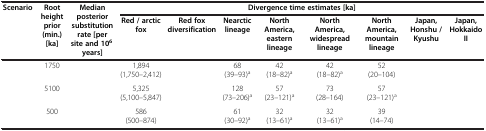
<table><thead><tr><td rowspan="2"><b>Scenario</b></td><td rowspan="2"><b>Root height prior (min.) [ka]</b></td><td rowspan="2"><b>Median posterior substitution rate [per site and 10<sup>6</sup> years]</b></td><td colspan="8"><b>Divergence time estimates [ka]</b></td></tr><tr><td><b>Red / arctic fox</b></td><td><b>Red fox diversification</b></td><td><b>Nearctic lineage</b></td><td><b>North America, eastern lineage</b></td><td><b>North America, widespread lineage</b></td><td><b>North America, mountain lineage</b></td><td><b>Japan, Honshu / Kyushu</b></td><td><b>Japan, Hokkaido II</b></td></tr></thead><tbody><tr><td>[EMPTY_CELL]</td><td>1750</td><td>[EMPTY_CELL]</td><td>1,894 (1,750–2,412)</td><td>[EMPTY_CELL]</td><td>68 (39–93)<sup>a</sup></td><td>42 (18–82)<sup>a</sup></td><td>42 (18–82)<sup>a</sup></td><td>52 (20–104)</td><td>[EMPTY_CELL]</td><td>[EMPTY_CELL]</td></tr><tr><td>[EMPTY_CELL]</td><td>5100</td><td>[EMPTY_CELL]</td><td>5,325 (5,100–5,847)</td><td>[EMPTY_CELL]</td><td>128 (73–206)<sup>a</sup></td><td>57 (23–121)<sup>a</sup></td><td>73 (28–164)</td><td>57 (23–121)<sup>a</sup></td><td>[EMPTY_CELL]</td><td>[EMPTY_CELL]</td></tr><tr><td>[EMPTY_CELL]</td><td>500</td><td>[EMPTY_CELL]</td><td>586 (500–874)</td><td>[EMPTY_CELL]</td><td>61 (30–92)<sup>a</sup></td><td>32 (13–61)<sup>a</sup></td><td>32 (13–61)<sup>a</sup></td><td>39 (14–74)</td><td>[EMPTY_CELL]</td><td>[EMPTY_CELL]</td></tr></tbody></table>